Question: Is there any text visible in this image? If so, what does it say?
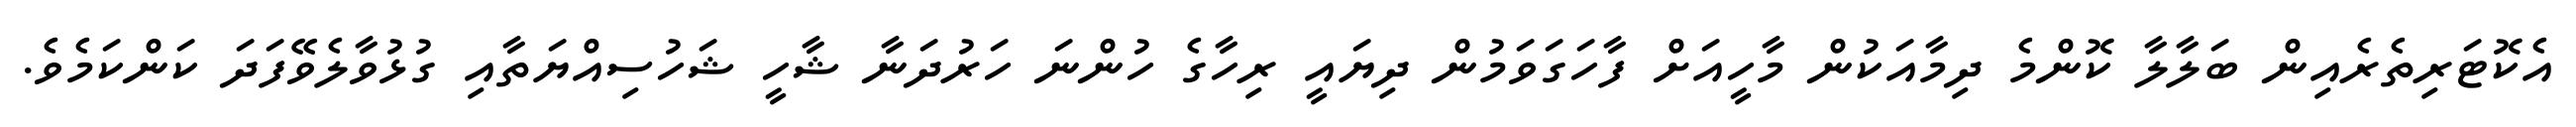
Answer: އެކޮޓަރިތެރެއިން ބަލާލާ ކޮންމެ ދިމާއަކުން މާހީއަށް ފާހަގަވަމުން ދިޔައީ ރިހާގެ ހުންނަ ހަރުދަނާ ޝާހީ ޝަހުސިއްޔަތާއި ގުޅުވާލެވޭފަދަ ކަންކަމެވެ.